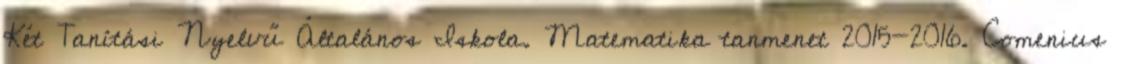
Két Tanítási Nyelvű Általános Iskola. Matematika tanmenet 2015-2016. Comenius